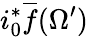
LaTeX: i_{0}^{*}{\overline{{f}}}(\Omega^{\prime})